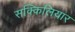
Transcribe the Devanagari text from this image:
सक्किलियार